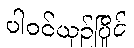
ပါဝင်ယှဉ်ပြိုင်